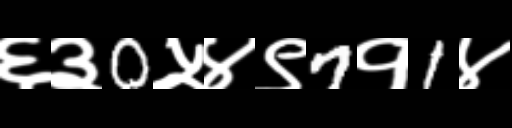
Text: ६३0५४९7१1४